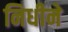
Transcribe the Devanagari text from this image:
निधीने